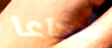
شجاعا